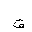
Letter: _qaf